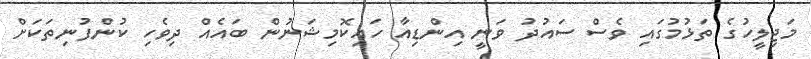
މަޖިލީހުގެ ތަޅުމުގައި ވެސް ސައުދު ވަނީ އިންޑިއާ ހައިކޮމިޝަނުން ބައެއް ދިވެހި ކުންފުނިތަކަށް